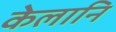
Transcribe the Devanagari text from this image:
केलानि